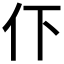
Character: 𬽥